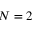
N = 2